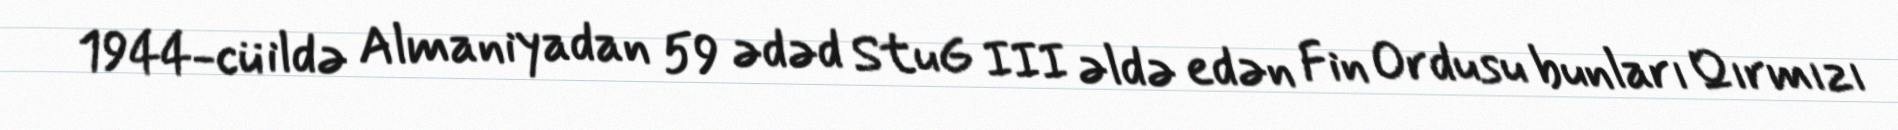
1944-cü ildə Almaniyadan 59 ədəd StuG III əldə edən Fin Ordusu bunları Qırmızı